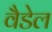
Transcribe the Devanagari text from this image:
वैडेल